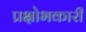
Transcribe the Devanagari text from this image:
प्रक्षोभकारी